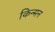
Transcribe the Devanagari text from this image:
किन्मन